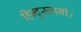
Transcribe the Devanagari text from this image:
हिन्दुस्तानी।